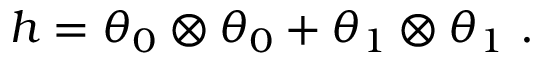
h = \theta _ { 0 } \otimes \theta _ { 0 } + \theta _ { 1 } \otimes \theta _ { 1 } \ .